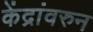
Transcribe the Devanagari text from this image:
केंद्रांवरुन